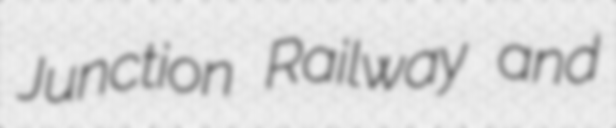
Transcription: Junction Railway and